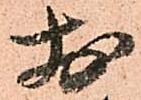
於